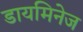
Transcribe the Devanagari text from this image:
डायमिनेज